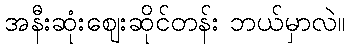
အနီးဆုံးဈေးဆိုင်တန်း ဘယ်မှာလဲ။